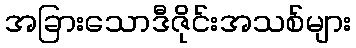
အခြားသောဒီဇိုင်းအသစ်များ